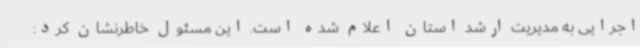
اجرایی به مدیریت ارشد استان اعلام شده است. این مسئول خاطرنشان کرد: